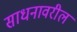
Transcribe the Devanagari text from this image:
साधनावरील